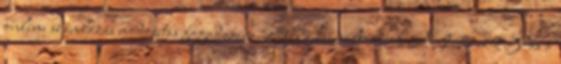
online számlázás módosítás fogadására.2018. évi változások A 9.17.12.3-as a